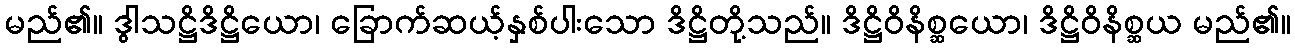
မည်၏။ ဒွါသဋ္ဌိဒိဋ္ဌိယော၊ ခြောက်ဆယ့်နှစ်ပါးသော ဒိဋ္ဌိတို့သည်။ ဒိဋ္ဌိဝိနိစ္ဆယော၊ ဒိဋ္ဌိဝိနိစ္ဆယ မည်၏။